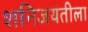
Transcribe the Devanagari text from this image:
शनिजयंतीला